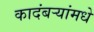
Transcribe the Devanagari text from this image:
कादंबर्‍यांमधे